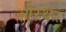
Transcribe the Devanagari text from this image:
ओरथर